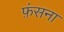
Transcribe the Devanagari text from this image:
फ़ंसना